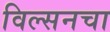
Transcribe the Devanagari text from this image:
विल्सनचा